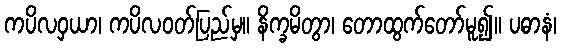
ကပိလဝှယာ၊ ကပိလဝတ်ပြည်မှ။ နိက္ခမိတွာ၊ တောထွက်တော်မူ၍။ ပဓာနံ၊